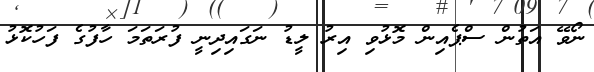
ނޯވޭ އަތުން ސްޕެއިން މޮޅުވި އިރު ލީޑު ނަގައިދިނީ ފުރަތަމަ ހާފުގެ ފަހުކޮޅު